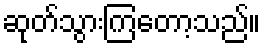
ဆုတ်သွားကြတော့သည်။